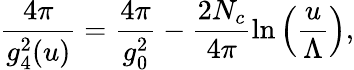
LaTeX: \frac{4\pi}{g_{4}^{2}(u)}=\frac{4\pi}{g_{0}^{2}}-\frac{2N_{c}}{4\pi}\ln\left(\frac{u}{\Lambda}\right),